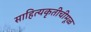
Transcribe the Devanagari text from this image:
साहित्यकृतीचीमूळ